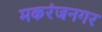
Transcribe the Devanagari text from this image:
मकरंजनगर